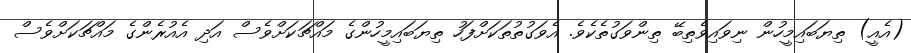
(އެއީ) ތިޔަބައިމީހުން ނިވައިވެތިބޭ ތިންވަގުތެކެވެ. އެވަގުތުތަކަށްފަހު ތިޔަބައިމީހުންގެ މައްޗަކަށްވެސް އަދި އެއުރެންގެ މައްޗަކަށްވެސް